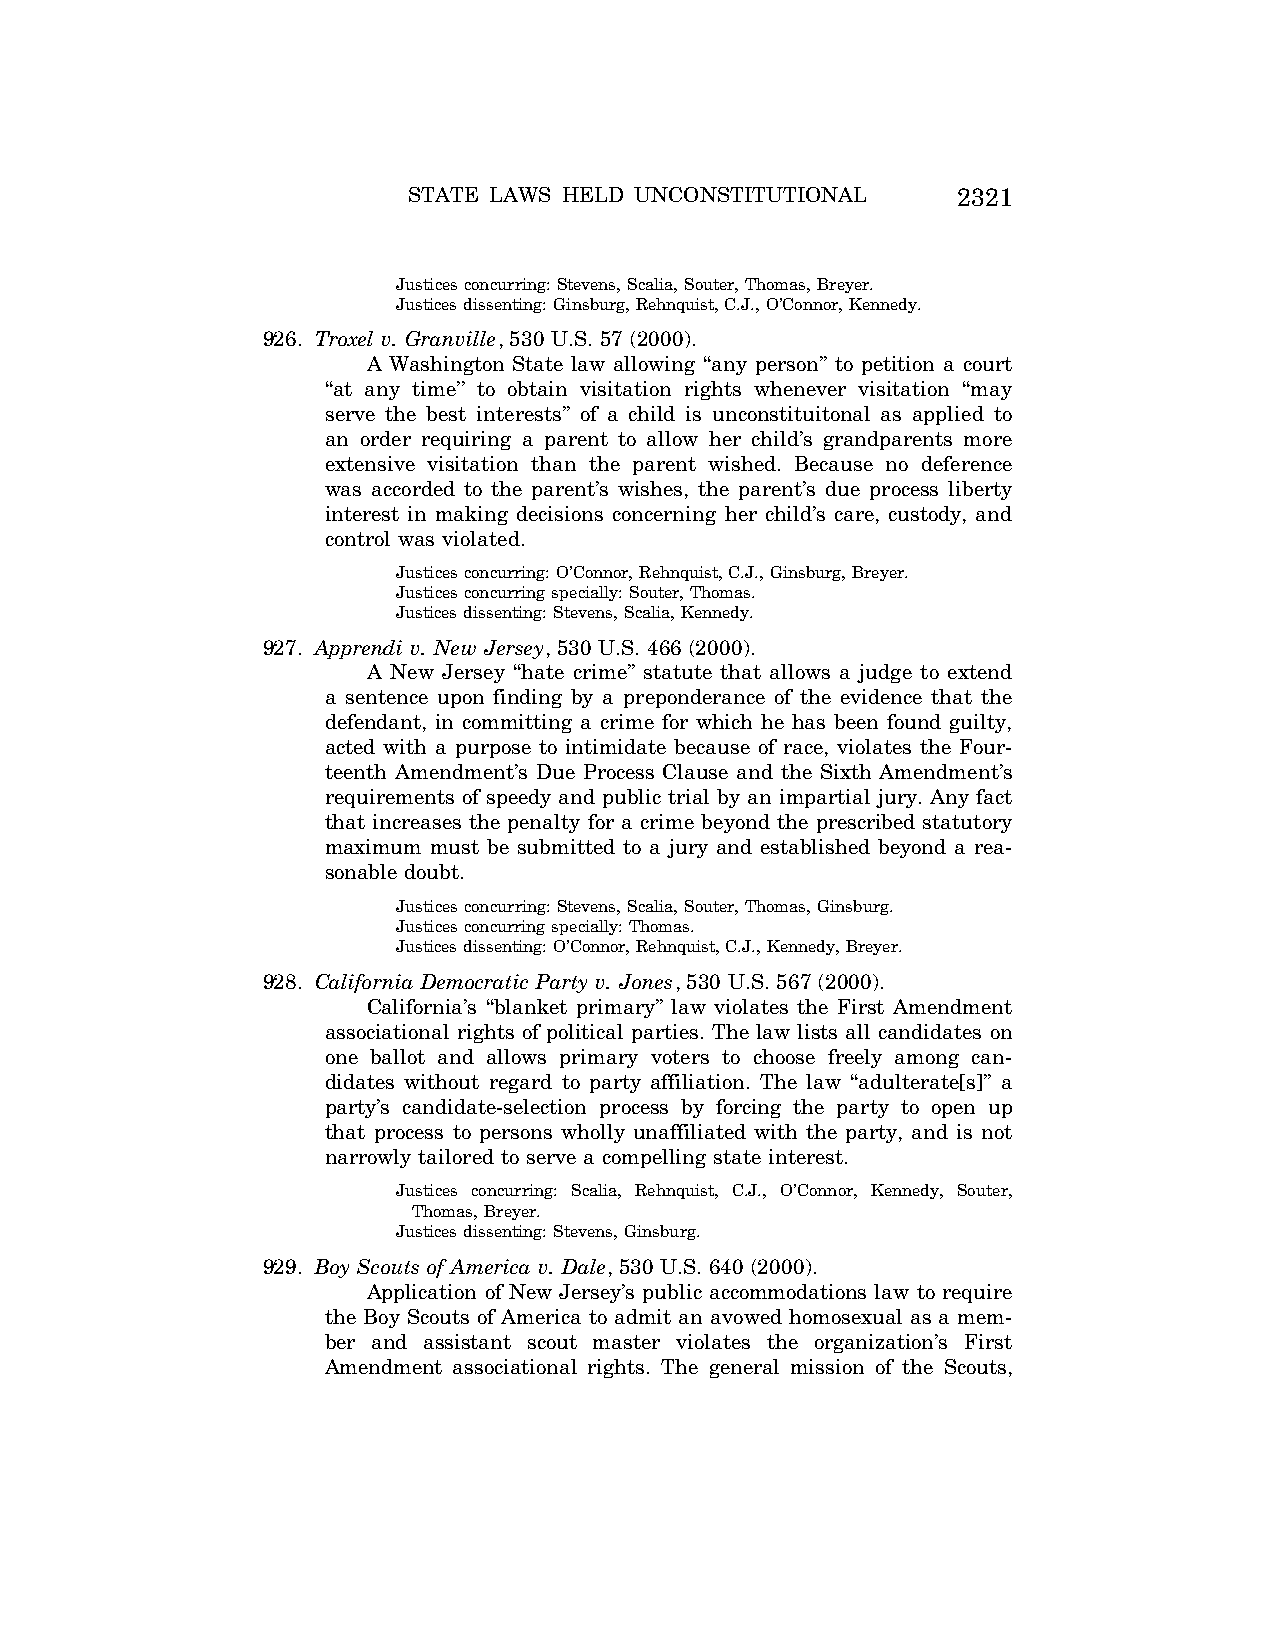
STATE LAWS HELD UNCONSTITUTIONAL    2321
 Justices concurring: Stevens, Scalia, Souter, Thomas, Breyer.
 Justices dissenting: Ginsburg, Rehnquist, C.J., O’Connor, Kennedy.
 926. Troxel v. Granville, 530 U.S. 57 (2000).
 A Washington State law allowing ‘‘any person’’ to petition a court
 ‘‘at any time’’ to obtain visitation rights whenever visitation ‘‘may
 serve the best interests’’ of a child is unconstituitonal as applied to
 an order requiring a parent to allow her child’s grandparents more
 extensive visitation than the parent wished. Because no deference
 was accorded to the parent’s wishes, the parent’s due process liberty
 interest in making decisions concerning her child’s care, custody, and
 control was violated.
 Justices concurring: O’Connor, Rehnquist, C.J., Ginsburg, Breyer.
 Justices concurring specially: Souter, Thomas.
 Justices dissenting: Stevens, Scalia, Kennedy.
 927. Apprendi v. New Jersey, 530 U.S. 466 (2000).
 A New Jersey ‘‘hate crime’’ statute that allows a judge to extend
 a sentence upon finding by a preponderance of the evidence that the
 defendant, in committing a crime for which he has been found guilty,
 acted with a purpose to intimidate because of race, violates the Four-
 teenth Amendment’s Due Process Clause and the Sixth Amendment’s
 requirements of speedy and public trial by an impartial jury. Any fact
 that increases the penalty for a crime beyond the prescribed statutory
 maximum must be submitted to a jury and established beyond a rea-
 sonable doubt.
 Justices concurring: Stevens, Scalia, Souter, Thomas, Ginsburg.
 Justices concurring specially: Thomas.
 Justices dissenting: O’Connor, Rehnquist, C.J., Kennedy, Breyer.
 928. California Democratic Party v. Jones, 530 U.S. 567 (2000).
 California’s ‘‘blanket primary’’ law violates the First Amendment
 associational rights of political parties. The law lists all candidates on
 one ballot and allows primary voters to choose freely among can-
 didates without regard to party affiliation. The law ‘‘adulterate[s]’’ a
 party’s candidate-selection process by forcing the party to open up
 that process to persons wholly unaffiliated with the party, and is not
 narrowly tailored to serve a compelling state interest.
 Justices concurring: Scalia, Rehnquist, C.J., O’Connor, Kennedy, Souter,
 Thomas, Breyer.
 Justices dissenting: Stevens, Ginsburg.
 929. Boy Scouts of America v. Dale, 530 U.S. 640 (2000).
 Application of New Jersey’s public accommodations law to require
 the Boy Scouts of America to admit an avowed homosexual as a mem-
 ber and assistant scout master violates the organization’s First
 Amendment associational rights. The general mission of the Scouts,
 VerDate Aug<04>2004 12:57 Aug 23, 2004 Jkt 077500 PO 00000 Frm 00161 Fmt 8222 Sfmt 8222 C:\CONAN\CON064.SGM PRFM99 PsN: CON064